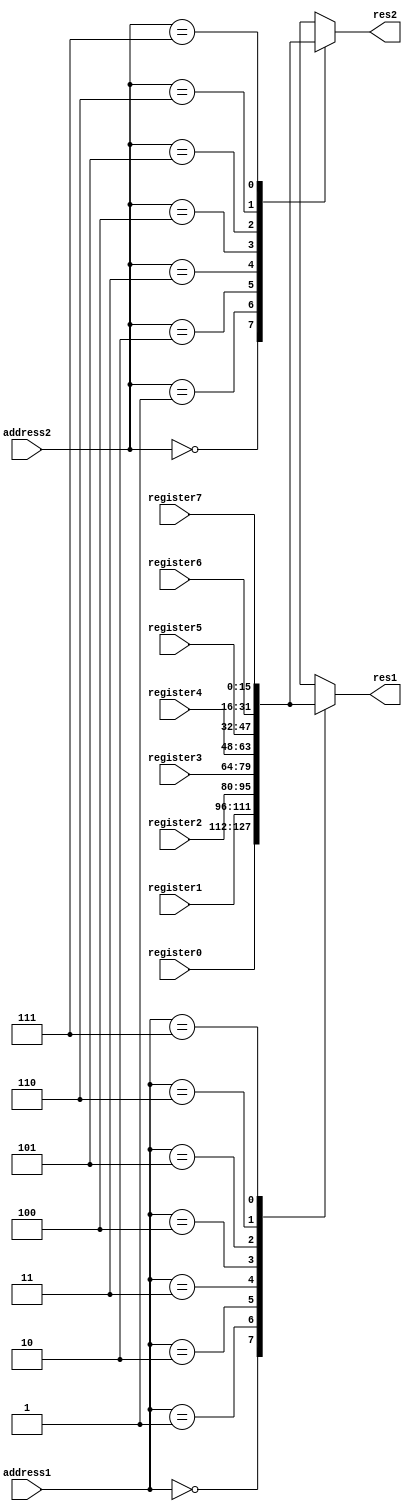
module read_register (
    input [2:0] address1, address2,
    input [15:0] register0, register1, register2, register3, register4, register5, register6, register7,
    output [15:0] res1, res2
);

    function [15:0] mux (
        input [2:0] address,
        input [15:0] data0, data1, data2, data3, data4, data5, data6, data7
    );

        case (address)
            3'd0: mux = data0;
            3'd1: mux = data1;
            3'd2: mux = data2;
            3'd3: mux = data3;
            3'd4: mux = data4;
            3'd5: mux = data5;
            3'd6: mux = data6;
            3'd7: mux = data7;
        endcase
    endfunction 

    assign res1 = mux(address1, register0, register1, register2, register3, register4, register5, register6, register7);
    assign res2 = mux(address2, register0, register1, register2, register3, register4, register5, register6, register7);
endmodule